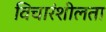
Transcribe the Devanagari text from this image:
विचारंशीलता